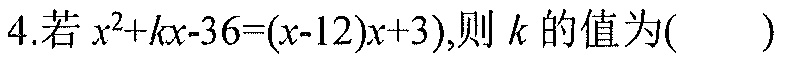
4.若\(x^{2}+kx - 36=(x - 12)(x + 3)\)，则\(k\)的值为( )